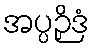
အပ္ပဉှိဒံ